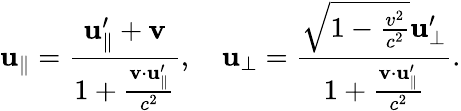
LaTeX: \mathbf{u}_{\parallel}={\frac{\mathbf{u}_{\parallel}^{\prime}+\mathbf{v}}{1+{\frac{\mathbf{v}\cdot\mathbf{u}_{\parallel}^{\prime}}{c^{2}}}}},\quad\mathbf{u}_{\perp}={\frac{{\sqrt{1-{\frac{v^{2}}{c^{2}}}}}\mathbf{u}_{\perp}^{\prime}}{1+{\frac{\mathbf{v}\cdot\mathbf{u}_{\parallel}^{\prime}}{c^{2}}}}}.